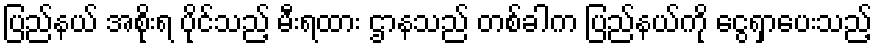
ပြည်နယ် အစိုးရ ပိုင်သည့် မီးရထား ဌာနသည် တစ်ခါက ပြည်နယ်ကို ငွေရှာပေးသည့်